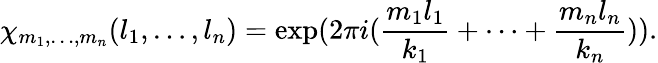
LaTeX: \chi_{m_{1},\ldots,m_{n}}(l_{1},\ldots,l_{n})=\exp(2\pi i(\frac{m_{1}l_{1}}{k_{1}}+\dots+\frac{m_{n}l_{n}}{k_{n}})).